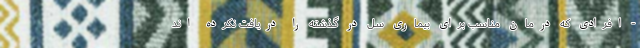
- افرادی که درمان مناسب برای بیماری سل در گذشته را دریافت نکرده اند